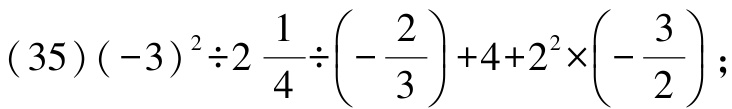
\((35)(-3)^{2}\div2\frac{1}{4}\div\left(-\frac{2}{3}\right)+4 + 2^{2}\times\left(-\frac{3}{2}\right);\)